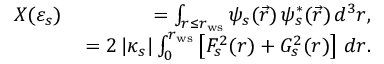
\begin{array} { r l r } & { X ( \varepsilon _ { s } ) \, } & { = \int _ { r \le r _ { \mathrm { w s } } } \psi _ { s } ( \vec { r } ) \, \psi _ { s } ^ { * } ( \vec { r } ) \, d ^ { 3 } r , } \\ & { } & { = 2 \, | \kappa _ { s } | \int _ { 0 } ^ { r _ { \mathrm { w s } } } \left[ F _ { s } ^ { 2 } ( r ) + G _ { s } ^ { 2 } ( r ) \right] \, d r . } \end{array}